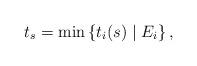
LaTeX: \begin{align*}t_s = \min\left\{t_{i}(s) \mid E_i\right\},\end{align*}